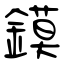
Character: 鏌